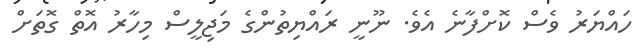
ހައްޔަރު ވެސް ކޮށްފާނެ އެވެ. ނޫނީ ރައްޔިތުންގެ މަޖިލީސް މިހާރު އޮތް ގޮތަށް